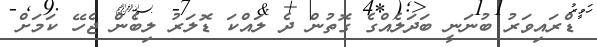
ޑްރައިވަރު ބުނަނީ ބަދަލެއްގެ ގޮތުން ދެ ލައްކަ ޑޮލަރު ލިބެން ޖެހޭ ކަމަށް